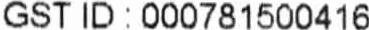
GST ID : 000781500416